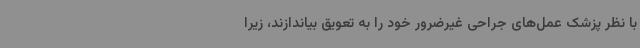
با نظر پزشک عمل‌های جراحی غیرضرور خود را به تعویق بیاندازند، زیرا